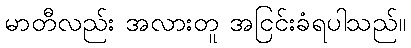
မာတီလည်း အလားတူ အငြင်းခံရပါသည်။